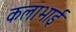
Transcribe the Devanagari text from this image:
कलाभाई